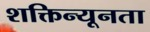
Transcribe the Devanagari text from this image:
शक्तिन्यूनता